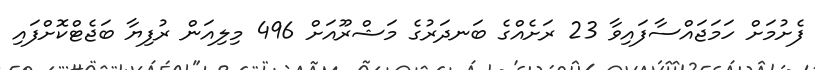
ފެށުމަށް ހަމަޖައްސާފައިވާ 23 ރަށެއްގެ ބަނދަރުގެ މަޝްރޫއަށް 496 މިލިއަން ރުފިޔާ ބަޖެޓްކޮށްފައި